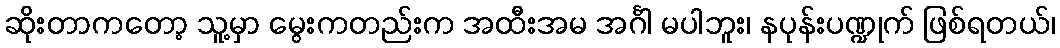
ဆိုးတာကတော့ သူ့မှာ မွေးကတည်းက အထီးအမ အင်္ဂါ မပါဘူး၊ နပုန်းပဏ္ဍုက် ဖြစ်ရတယ်၊